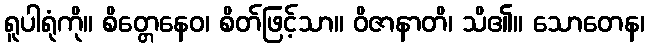
ရူပါရုံကို။ စိတ္တေနေဝ၊ စိတ်ဖြင့်သာ။ ဝိဇာနာတိ၊ သိ၏။ သောတေန၊